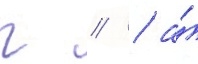
г // / а́